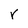
Character: r